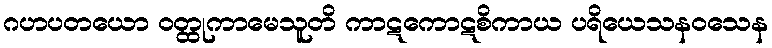
ဂဟပတယော ဝတ္ထုကာမေသူတိ ကာဋကောဋစိကာယ ပရိယေသနဝသေန